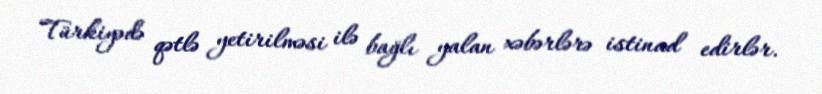
Türkiyədə qətlə yetirilməsi ilə bağlı yalan xəbərlərə istinad edirlər.